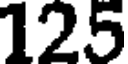
125